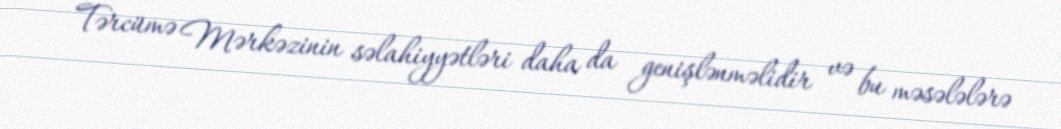
Tərcümə Mərkəzinin səlahiyyətləri daha da genişlənməlidir və bu məsələlərə